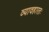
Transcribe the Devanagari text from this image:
व्यावहारतः